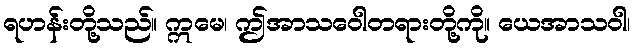
ရဟန်းတို့သည်။ ဣမေ၊ ဤအာသဝေါတရားတို့ကို။ ယေအာသဝါ၊